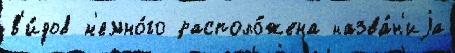
в'и́дов н'емно́го располо́жена назва́н'иjа